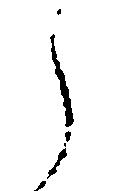
う